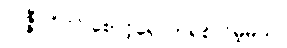
လဇ္ဇီပုဂ္ဂိုလ် စောင့်ရှောက်ရစ်လိမ့်မယ်,